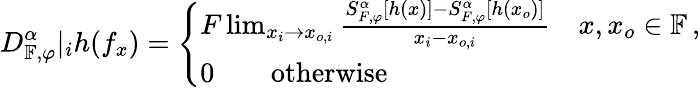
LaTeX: D_{\mathbb{F},\varphi}^{\alpha}|_{i}h(f_{x})=\left\{ \begin{array}{ll}{F\operatorname*{lim}_{x_{i}\rightarrow x_{o,i}}\frac{S_{F,\varphi}^{\alpha}[h(x)]-S_{F,\varphi}^{\alpha}[h(x_{o})]}{x_{i}-x_{o,i}}~~~~x,x_{o}\in\mathbb{F}\, ,}\\ {0\qquad\textrm{otherwise}}\end{array}\right.